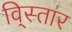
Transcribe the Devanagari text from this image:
वि्स्तार